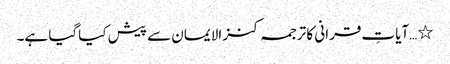
٭…آیاتِ قرانی کا ترجمہ کنز الایمان سے پیش کیاگیا ہے۔